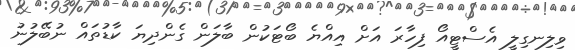
ވިލިނގިލީ އެސްޓީއޯ ފިހާރަ އަށް އިއްޔެ ބޯޓަކުން ބާލަން ގެންދިޔަ ކާޑުތައް ނުބޭލުނު